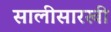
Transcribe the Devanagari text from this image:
सालीसारखी